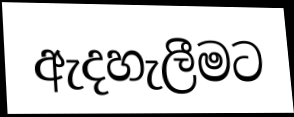
ඇදහැලීමට